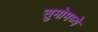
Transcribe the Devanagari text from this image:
सुमोमध्ये